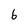
Character: 6